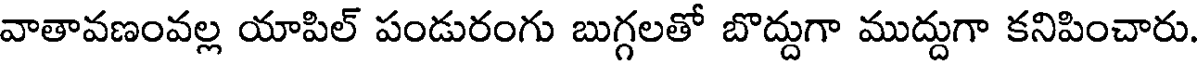
వాతావణంవల్ల యాపిల్ పండురంగు బుగ్గలతో బొద్దుగా ముద్దుగా కనిపించారు